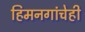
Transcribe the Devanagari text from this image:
हिमनगांचेही